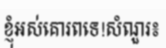
ខ្ញុំអស់គោរពទេ!សំណួរ៖